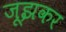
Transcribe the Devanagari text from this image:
जूझकर